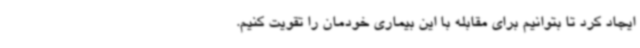
ایجاد کرد تا بتوانیم برای مقابله با این بیماری خودمان را تقویت کنیم.